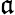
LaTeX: \mathfrak{a}